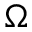
\Omega